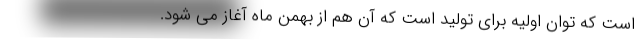
است که توان اولیه برای تولید است که آن هم از بهمن ماه آغاز می شود.